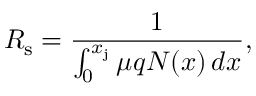
R _ { \mathrm { s } } = { \frac { 1 } { \int _ { 0 } ^ { x _ { \mathrm { j } } } \mu q N ( x ) \, d x } } ,